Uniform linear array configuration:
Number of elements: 24
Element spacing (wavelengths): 1
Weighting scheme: cosine
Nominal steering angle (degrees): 45
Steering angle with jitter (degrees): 46.054
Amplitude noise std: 0.05
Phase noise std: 0.05

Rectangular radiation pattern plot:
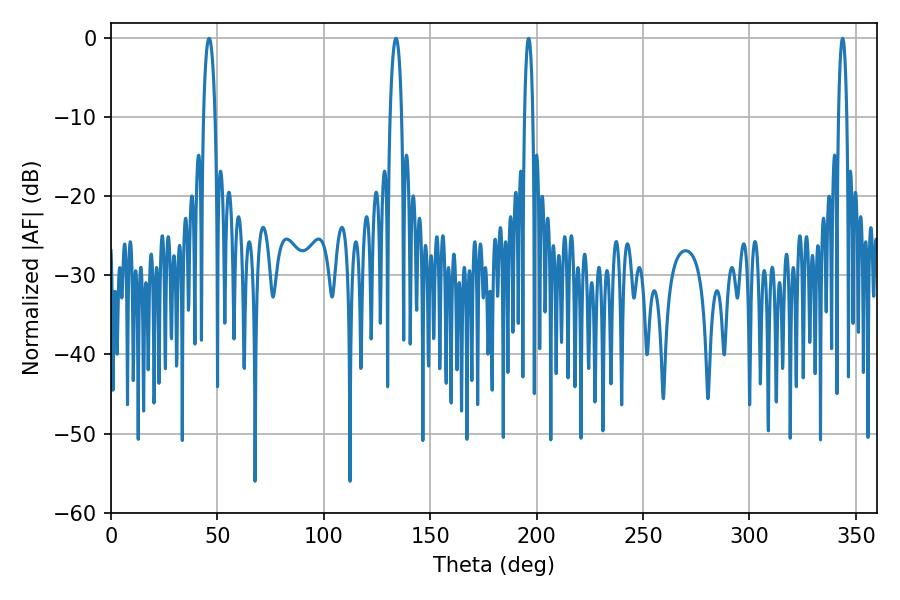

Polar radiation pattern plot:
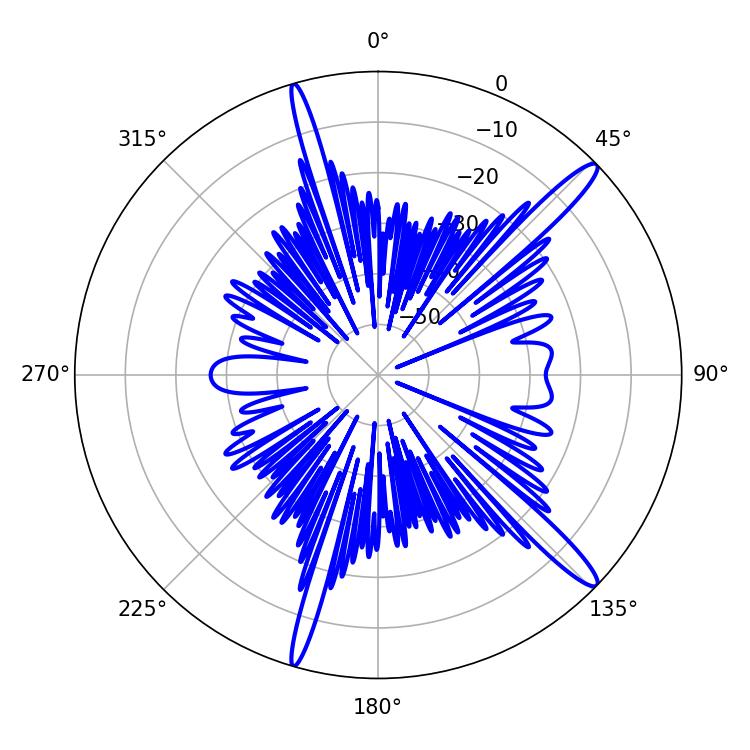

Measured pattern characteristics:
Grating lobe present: TRUE
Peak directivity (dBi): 15.022
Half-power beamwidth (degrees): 3.06
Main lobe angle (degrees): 46.08